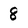
Character: 8